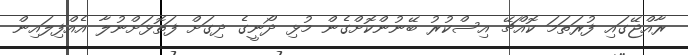
ރާއްޖޭގައި ފުރަތަމަ ކޮއްޗޭ އިސްކުރު ބޭނުންކޮށްގެން މުޅި ދޯނީގެ ދިގަށް ފަތޮޅަށްނުލާ އެއްފިލައިން